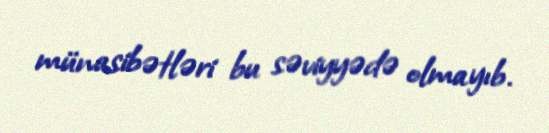
münasibətləri bu səviyyədə olmayıb.